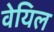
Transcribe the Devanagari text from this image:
वेयिल